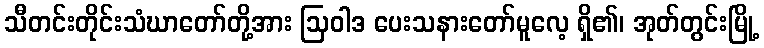
သီတင်းတိုင်းသံဃာတော်တို့အား ဩဝါဒ ပေးသနားတော်မူလေ့ ရှိ၏၊ အုတ်တွင်းမြို့